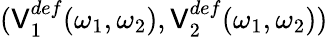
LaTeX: (\mathsf{V}_{1}^{def}(\omega_{1},\omega_{2}),\mathsf{V}_{2}^{def}(\omega_{1},\omega_{2}))